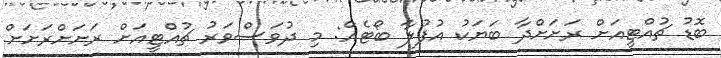
ބޮޑު ޗުއްޓީއަށް ރަށަށްދާ ބަޔަކު އުުުފުލާ ބޯޓެއް: މި ދުވަސްވަރު ޗުއްޓީއަށް ރަށަށްރަށަށް